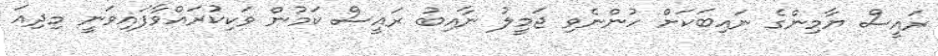
ރައީސް ޔާމިންގެ ނައިބަކަށް ހުންނެވި ޖަމީލު ނާއިބު ރައީސް ކަމުން ވަކިކުރައްވާފައިވަނީ މިދިއަ